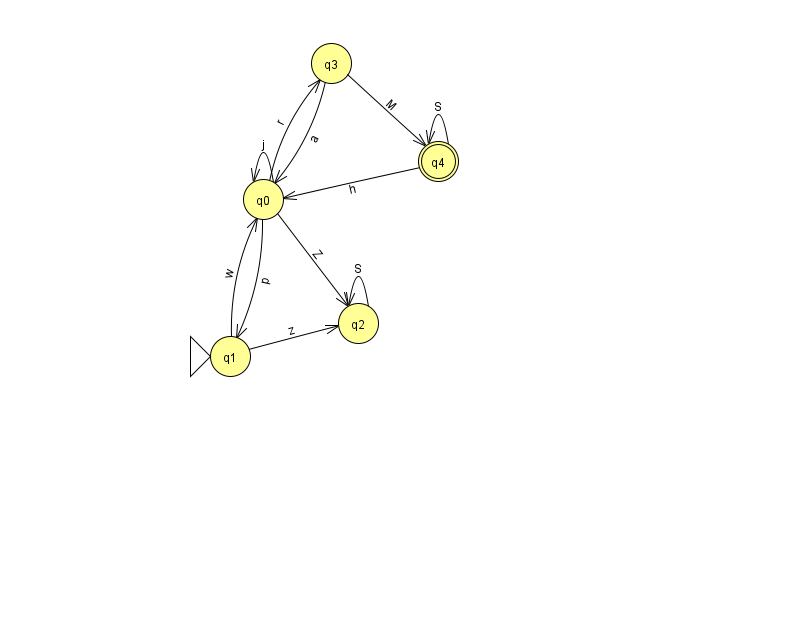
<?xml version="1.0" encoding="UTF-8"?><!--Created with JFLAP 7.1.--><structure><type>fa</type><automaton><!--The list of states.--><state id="0" name="q0"><x>263.0</x><y>186.0</y></state><state id="1" name="q1"><x>230.0</x><y>343.0</y><initial/></state><state id="2" name="q2"><x>358.0</x><y>310.0</y></state><state id="3" name="q3"><x>331.0</x><y>50.0</y></state><state id="4" name="q4"><x>438.0</x><y>148.0</y><final/></state><!--The list of transitions.--><transition><from>3</from><to>4</to><read>M</read></transition><transition><from>2</from><to>2</to><read>S</read></transition><transition><from>4</from><to>4</to><read>S</read></transition><transition><from>0</from><to>2</to><read>Z</read></transition><transition><from>1</from><to>2</to><read>z</read></transition><transition><from>1</from><to>0</to><read>w</read></transition><transition><from>4</from><to>0</to><read>h</read></transition><transition><from>0</from><to>0</to><read>j</read></transition><transition><from>3</from><to>0</to><read>a</read></transition><transition><from>0</from><to>1</to><read>p</read></transition><transition><from>0</from><to>3</to><read>r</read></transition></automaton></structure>